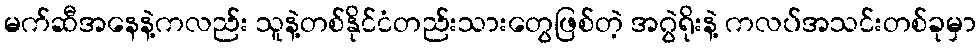
မက်ဆီအနေနဲ့ကလည်း သူနဲ့တစ်နိုင်ငံတည်းသားတွေဖြစ်တဲ့ အဂွဲရိုးနဲ့ ကလပ်အသင်းတစ်ခုမှာ